Karksi_vallavalitsus, lk 114
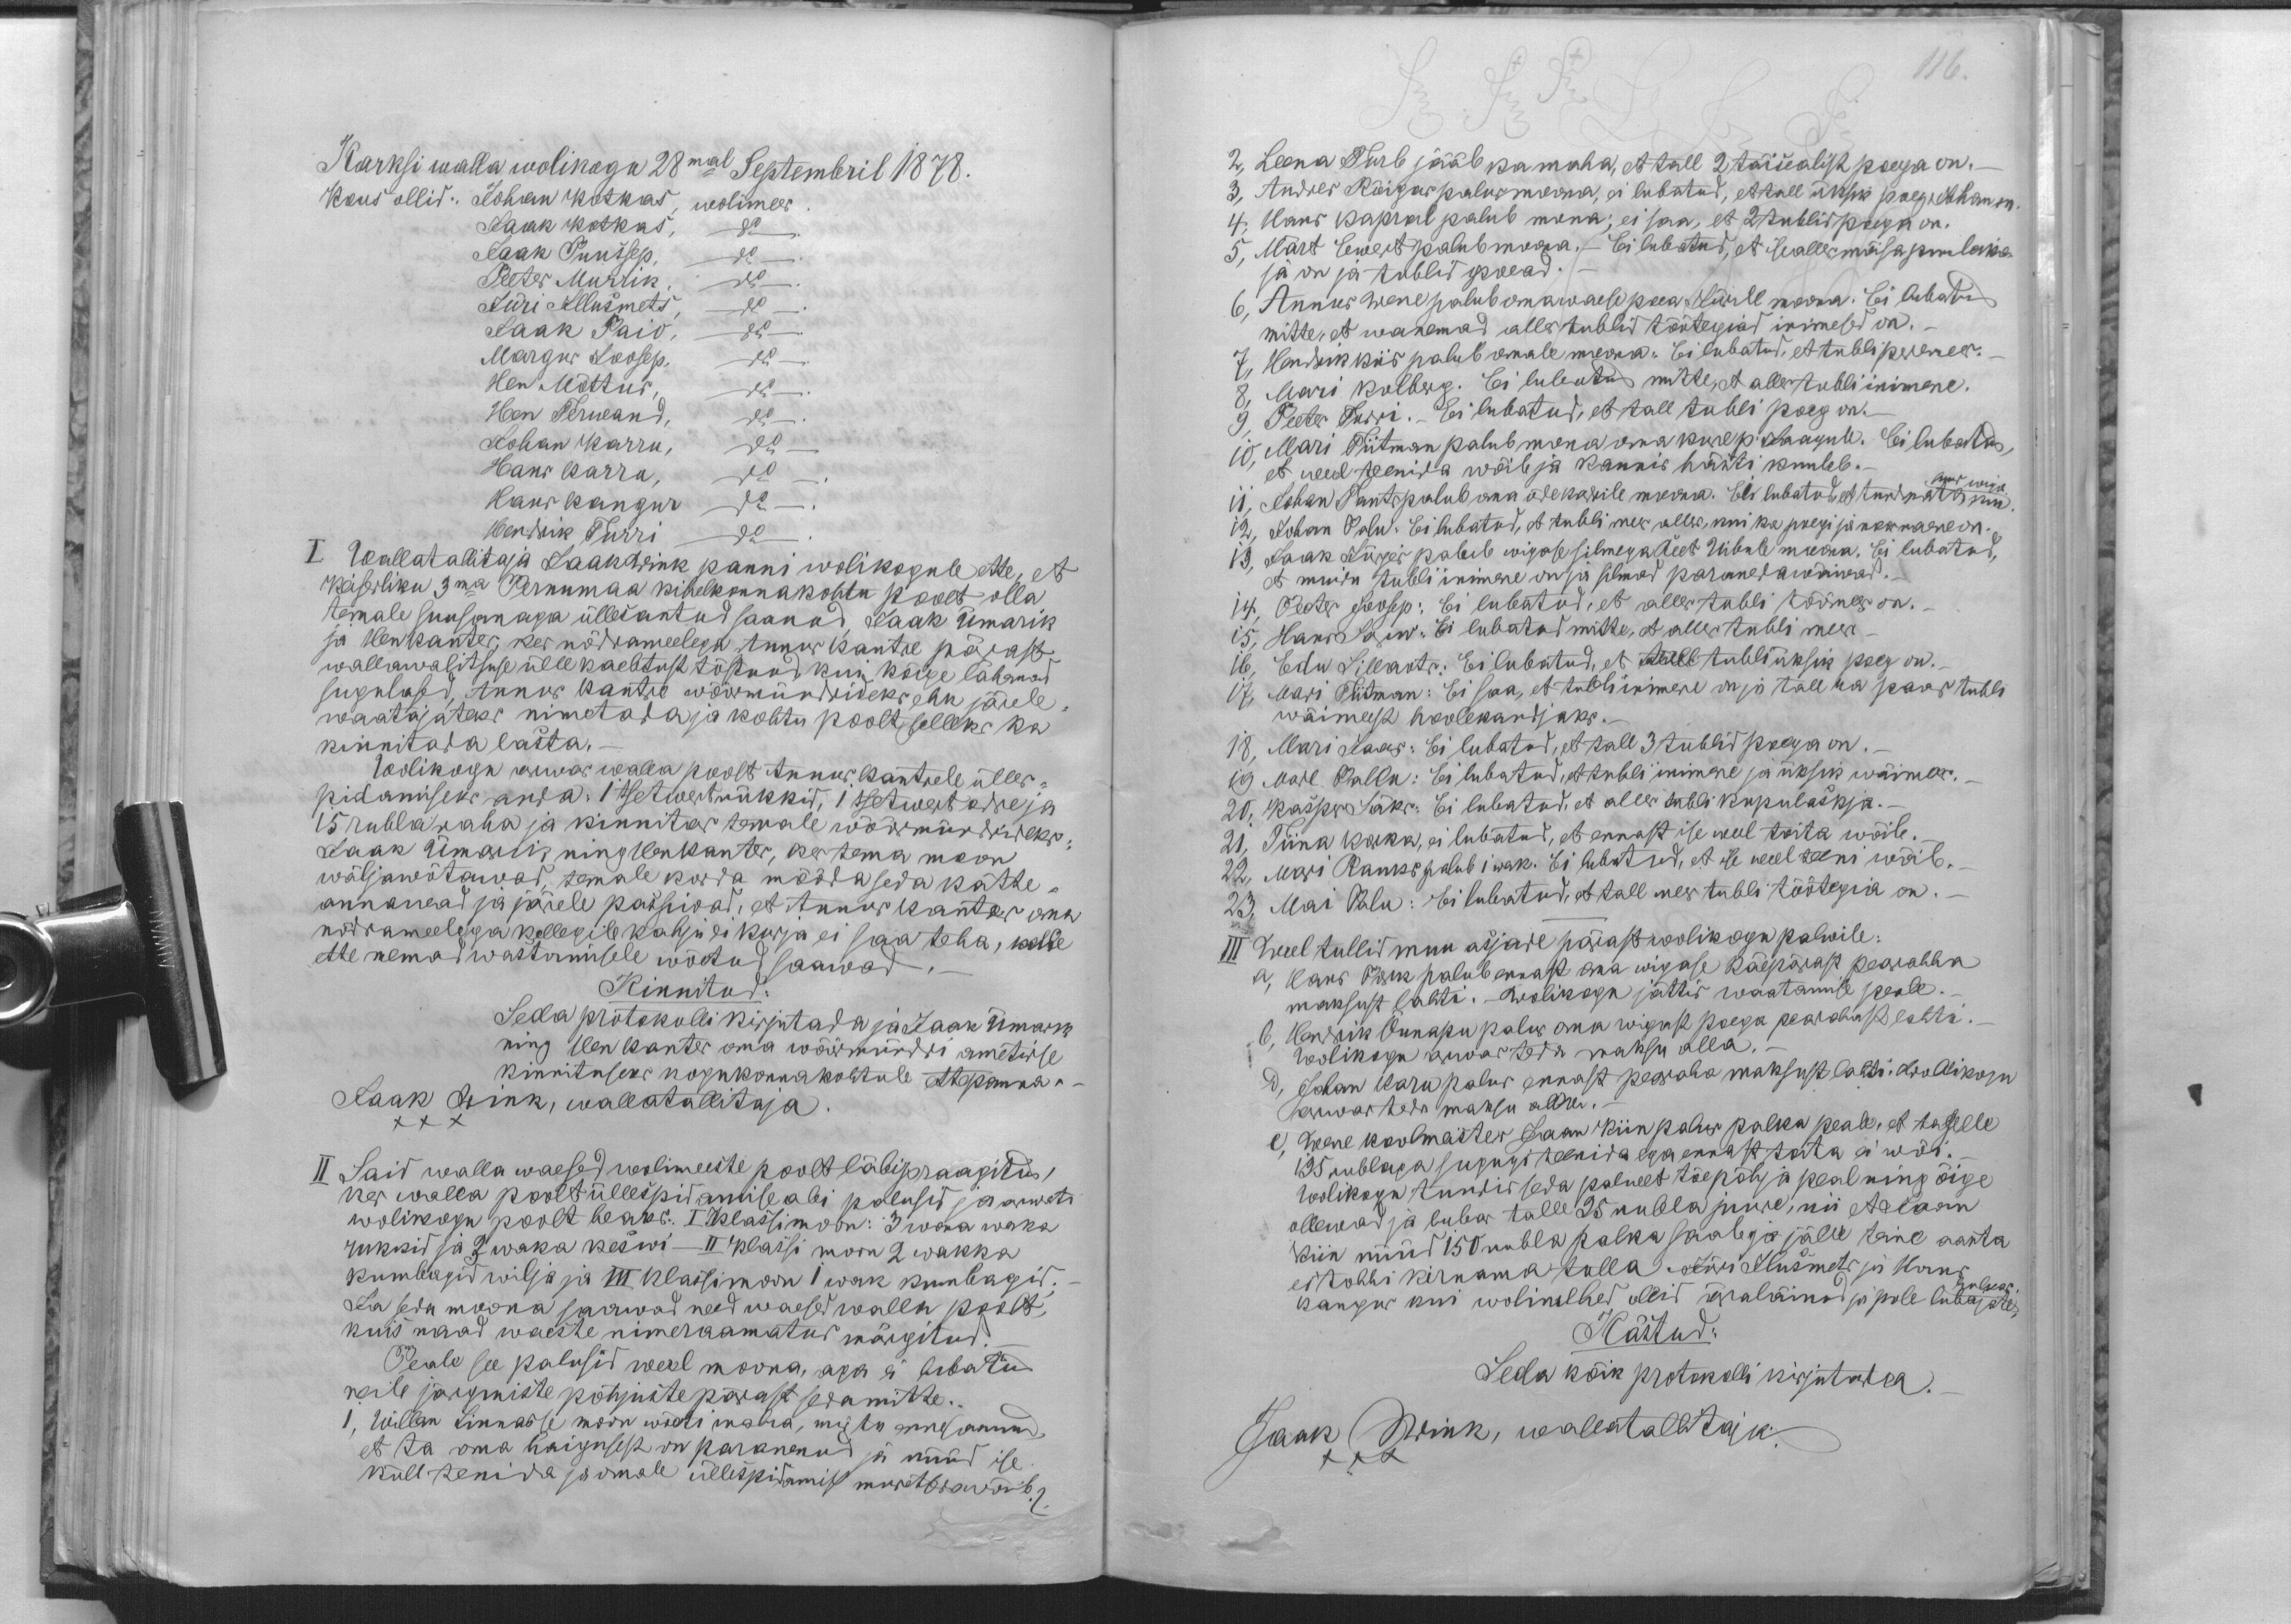
116.

Karksi walla wolikogu 28mal Septembril 1878.
Kous ollid: Johan Kotkas, wolimees
Jaak Kotkas, do.
Jaak Puussep, do.
Peeter Murrik, do.
Jüri Illusmets, do.
Jaak Paio, do.
Margus Joosep, do.
Hen Mõttus, do.
Heen Terwand, do.
Johan Karru, do
Hans Karru, do.
Hans Kangur do.
Hendrik Turri, do.
I. Wallatallitaja Jaak Wink panni wolikogule ette, et
Keiserliku 3ma Pernumaa kihelkonnakohtu poolt olla
temale suusanaga üllesantud saanud, Jaak Ümarik
ja Hen Kanter, kes nõdrameelega Annus Kantre pärast
wallawalitsuse ülle kaebtust tõstnud, kui kõige lähemad
sugulased, Annus Kantre wöörmündrideks ehk järele
waatajateks nimetada ja kohtu poolt selleks ka
kinnitada lasta.
Wolikogu arwas walla poolt Annus Kantrele ülles-
pidamiseks anda: 1 tsetwert rükkid, 1 tsetwert odre ja
15 rubla raha ja kinnitas temale wöörmündrideks
Jaak Ümarik ning HenKanter, kes tema moon
wäljawõtawad, temale korda mööda seda kätte-
annawad ja järele passiwad, et Annus Kanter oma
nõdrameelega kellegile kahju ei kurja ei saa teha, kelle
ette nemad wastamisele wõetud saawad
Kinnitud
Seda protokolli kirjutada ja Jaak Ümarik
ning Hen Kanter oma wöörmündri ametisse
kinnituseks kogukonnakohtule ettepanna.-
Jaak Wink, wallatallitaja.
XX
II Said walla waesed wolimeeste poolt läbipraagitud,
kes walla poolt üllespidamise abi palusid ja arwati
wolikogu poolt heaks: I Klassi moon: 3 wana waka
rukkid ja 2 waka keswi - II Klassi moon 2 wakka
kumbagid wilja ja III klassi moon 1 wak kumbagid;
Ja seda moona saawad need waesed walla poolt,
kuis naad waeste nimeraamatus märgitud.
Peale see palusid weel moona, aga ei lubatud
neile järgmiste põhjuste pärast sedamitte.
1, Willem Linnasse moon wõeti maha, mis ta enne saanud
et ta oma haigusest on paranenud ja nüüd ise
küll tenida ja omale üllispidamist muretseda wõib

2, Leena Turb jääb ka maha, et tall 2 täisealist poega on.-
3, Andres Rõigas palus moona, ei lubatud, et tall üksik poeg Johan on
4, Hans Kapral palub mona; ei saa, et 2 tublid poega on.
5, Märt Ewert palub moona.- Ei lubatud, et isealles mõisa puuleika-
ja on ja tublid poead.
6, Annus Wene palub oma waese poea Jürile moona. Ei lubatud
mitte, et wanemad alles tublid töötegiad inimesed on. -
7, Hendrik Kiis palub omale moona: Ei lubatud, et tubli peremees.
8, Mari Kolberg. Ei lubatud mitte, et alles tubli inimene.
9, Peeter Turri.- Ei lubatud, et tall tubli poeg on.-
10, Mari Tiitman palub mona oma kure p. Jaagule. Ei lubatud,
et weel teenida wõib ja kaunis hästi kuuleb.-
mes wiga.
11, Johan Tauts palub oma õde Kadrile moona. Ei lubatud, et tundmata nim
12, Johan Palu: Ei lubatud, et tubli mees alles, kui ka poegi ja noor naene on.
13, Jaak Jõgis palub wigase silmega Reet Uibule moona. Ei lubatud,
et muidu tubli inimene on ja silmad paranedawõiwad.-
14, Peeter Joosep: Ei lubatud, et alles tubli töömees on.
15, Hans Sarw, Ei lubatud mitte, et alles tubli mees -
16, Edu Sillaots. Ei lubatud, et tall tubli üksik poeg on.
17, Mari Tiitman: Ei saa, et tubli inimene on ja tall ka paar tubli
wäimeest hoolekandjaks.
18, Mari Laas: Ei lubatud, et tall 3 tublid poega on.
19. Mare Pallu: Ei lubatud, et tubli inimene ja üksik wäimees.
20, Kasper Jõks: Ei lubatud, et alles tubli kupulaskja.-
21, Tiina Kukk, ei lubatud, et ennast ise weel toita wõib.
22, Mari Rauks palub 1 wak. Ei lubatud, et ise weel teeni wõib.
23, Mai Palu: Ei lubatud, et tall mees tubli töötegia on.-
III Weel tullid muu asjade pärast wolikogu palwile:
a, Hans Pörk palub ennast oma wigase käepärast pearahha
maksust lahti. -Wolikogu jättis waatamise peale.
b, Hendrik Õunapu palus oma wigast poega pearahast lahti
Wolikogu arwas teda maksu alla.
d, Johan Karu palus ennast pearaha maksust lahti. Wolikogu
arwas teda maksu alla. -
e) Wene koolmeister Jaan Kiin palus palka peale, et taselle
125 rublaga sugugi teenida ega ennast toita ei wõi.
Wolikogu tundis seda palwet tõe põhja peal ning õige
ollewad ja lubas talle 25 rubla juure, nii et Jaan
Kiin nüüd 150 rubla palka saab ja jälle teine aasta
ei tohhi kirnama tulla. Jüri Ilusmets ja Hans
hulkas.
Kangur kui wolimehed ollid äraläinud ja pole lubajate,
Kästud:
Seda kõik protokolli kirjutada.
Jaak Wink, wallatallitaja.
XXX